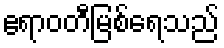
ဧရာဝတီမြစ်ရေသည်